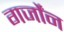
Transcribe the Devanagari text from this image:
गर्जोंन